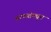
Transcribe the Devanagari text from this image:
बरण्यांमधून